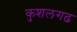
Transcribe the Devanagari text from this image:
कुशलगढ